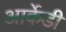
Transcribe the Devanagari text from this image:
आर्केडी